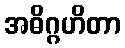
အဓိဂ္ဂဟိတာ